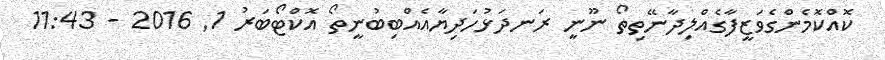
ކޮއްކޮމެންގެވަޒީފާގެއްލިދާނޭތިތޯ ނޫނީ ރަނދަޅުހަދިޔާއެއްބިބުނީތޯ އޮކްޓޯބަރު 1